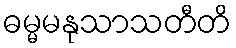
ဓမ္မမနုသာသတီတိ